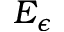
E _ { \epsilon }